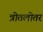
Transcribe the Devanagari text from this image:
त्रोतलोतर